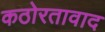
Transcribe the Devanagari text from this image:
कठोरतावाद